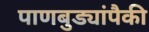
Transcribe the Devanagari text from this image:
पाणबुड्यांपैकी